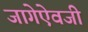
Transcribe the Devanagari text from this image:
जागेऐवजी